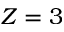
Z = 3